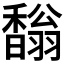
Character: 𩡓